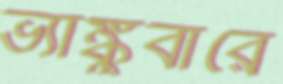
ভ্যাঙ্কুবারে